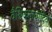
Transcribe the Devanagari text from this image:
वैश्विकतावादियों